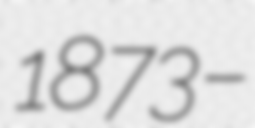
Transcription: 1873 –